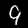
Label: 9